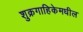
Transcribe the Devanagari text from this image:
शुक्रगाहिकेमधील